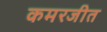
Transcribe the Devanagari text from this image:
कमरजीत